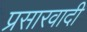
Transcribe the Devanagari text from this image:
प्रसारवादी